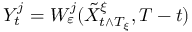
Y _ { t } ^ { j } = W _ { \varepsilon } ^ { j } ( \tilde { X } _ { t \wedge T _ { \xi } } ^ { \xi } , T - t )